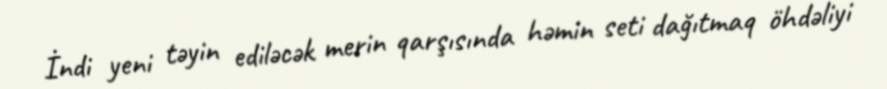
İndi yeni təyin ediləcək merin qarşısında həmin seti dağıtmaq öhdəliyi